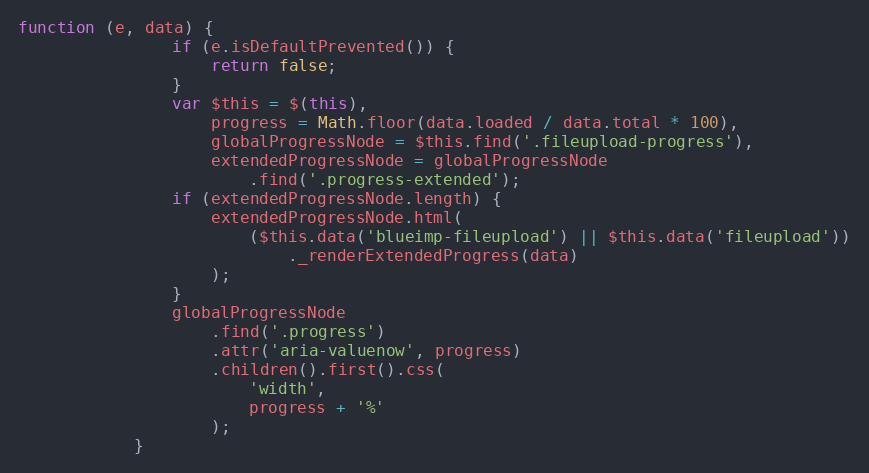
Language: JavaScript
function (e, data) {
                if (e.isDefaultPrevented()) {
                    return false;
                }
                var $this = $(this),
                    progress = Math.floor(data.loaded / data.total * 100),
                    globalProgressNode = $this.find('.fileupload-progress'),
                    extendedProgressNode = globalProgressNode
                        .find('.progress-extended');
                if (extendedProgressNode.length) {
                    extendedProgressNode.html(
                        ($this.data('blueimp-fileupload') || $this.data('fileupload'))
                            ._renderExtendedProgress(data)
                    );
                }
                globalProgressNode
                    .find('.progress')
                    .attr('aria-valuenow', progress)
                    .children().first().css(
                        'width',
                        progress + '%'
                    );
            }